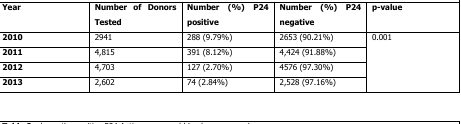
<table><thead><tr><td><b>Year</b></td><td><b>Number of Donors Tested</b></td><td><b>Number (%) P24 positive</b></td><td><b>Number (%) P24 negative</b></td><td><b>p-value</b></td></tr></thead><tbody><tr><td><b>2010</b></td><td>2941</td><td>288 (9.79%)</td><td>2653 (90.21%)</td><td rowspan="4">0.001</td></tr><tr><td><b>2011</b></td><td>4,815</td><td>391 (8.12%)</td><td>4,424 (91.88%)</td></tr><tr><td><b>2012</b></td><td>4,703</td><td>127 (2.70%)</td><td>4576 (97.30%)</td></tr><tr><td><b>2013</b></td><td>2,602</td><td>74 (2.84%)</td><td>2,528 (97.16%)</td></tr></tbody></table>